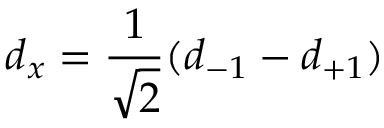
d _ { x } = \frac { 1 } { \sqrt { 2 } } ( d _ { - 1 } - d _ { + 1 } )